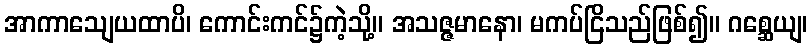
အာကာသျေယထာပိ၊ ကောင်းကင်၌ကဲ့သို့။ အသဇ္ဇမာနော၊ မကပ်ငြိသည်ဖြစ်၍။ ဂစ္ဆေယျ၊